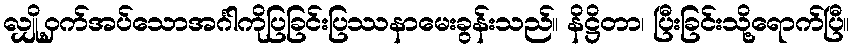
လျှို့ဝှက်အပ်သောအင်္ဂါကိုပြခြင်းပြဿနာမေးခွန်းသည်။ နိဋ္ဌိတာ၊ ပြီးခြင်းသို့ရောက်ပြီ။